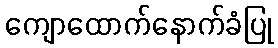
ကျောထောက်နောက်ခံပြု